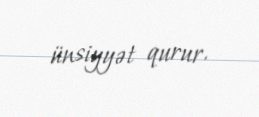
ünsiyyət qurur.